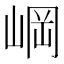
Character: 㟠